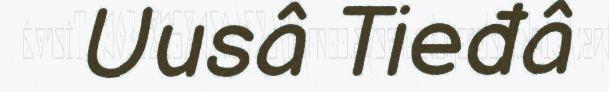
Uusâ Tieđâ